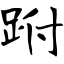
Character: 跗